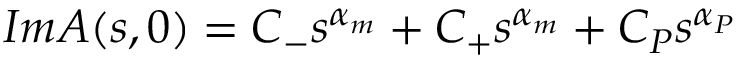
{ \cal I } m { \cal A } ( s , 0 ) = C _ { - } s ^ { \alpha _ { m } } + C _ { + } s ^ { \alpha _ { m } } + C _ { P } s ^ { \alpha _ { P } }